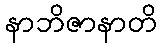
နာဘိဇာနာတိ